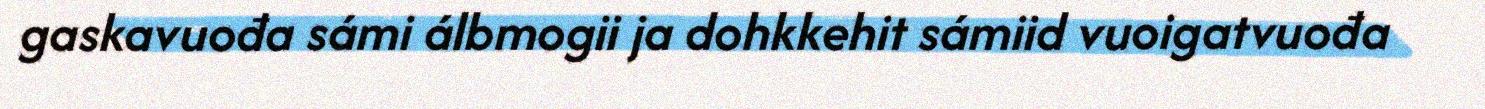
gaskavuođa sámi álbmogii ja dohkkehit sámiid vuoigatvuođa